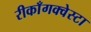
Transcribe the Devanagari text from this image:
रीकाँगक्वेस्टा